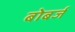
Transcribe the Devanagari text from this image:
बोबर्ज